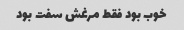
خوب بود فقط مرغش سفت بود